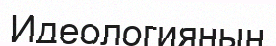
Идеологияның